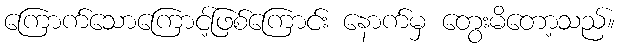
ကြောက်သောကြောင့်ဖြစ်ကြောင်း နောက်မှ တွေးမိတော့သည်။